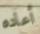
أعاده